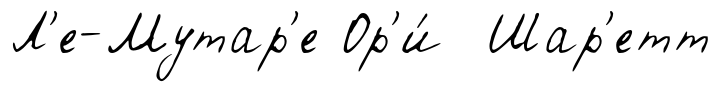
Л'е-Мутар'е Ор'и́ Шар'етт